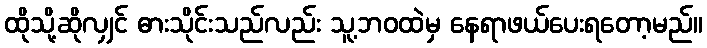
ထိုသို့ဆိုလျှင် ဓားသိုင်းသည်လည်း သူ့ဘဝထဲမှ နေရာဖယ်ပေးရတော့မည်။